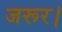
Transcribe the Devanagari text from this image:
जरूर।